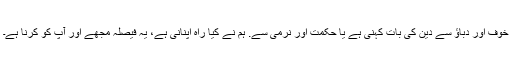
خوف اور دباؤ سے دین کی بات کہنی ہے یا حکمت اور نرمی سے. ہم نے کیا راہ اپنانی ہے، یہ فیصلہ مجھے اور آپ کو کرنا ہے۔